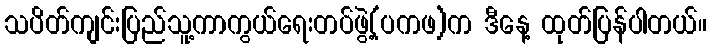
သပိတ်ကျင်းပြည်သူ့ကာကွယ်ရေးတပ်ဖွဲ့(ပကဖ)က ဒီနေ့ ထုတ်ပြန်ပါတယ်။